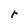
Character: r